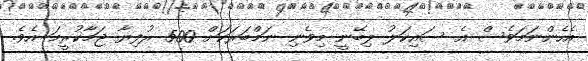
އެހެންނަމަވެސް އެ ސައިކަލު ލިބޭނީ މިވެނި ނަމްބަރަކަށް 500 ރުފިޔާ ޖަމާކުރީމަ އެވެ.